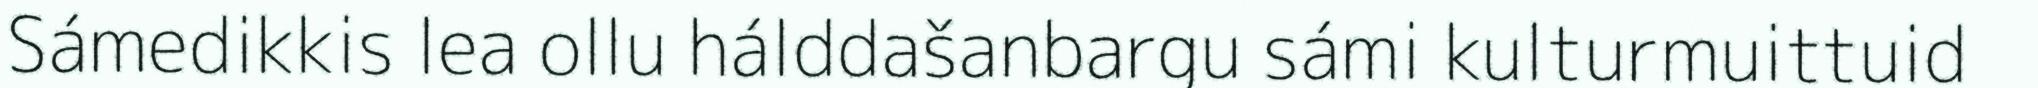
Sámedikkis lea ollu hálddašanbargu sámi kulturmuittuid